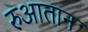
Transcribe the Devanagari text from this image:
रुआतान